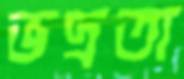
ভদ্রতা